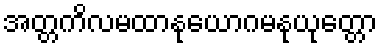
အတ္တကိလမထာနုယောဂမနုယုတ္တော